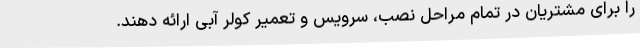
را برای مشتریان در تمام مراحل نصب، سرویس و تعمیر کولر آبی ارائه دهند.